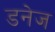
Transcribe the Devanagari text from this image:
डनेज